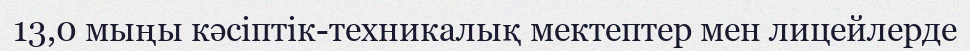
13,0 мыңы кәсіптік-техникалық мектептер мен лицейлерде